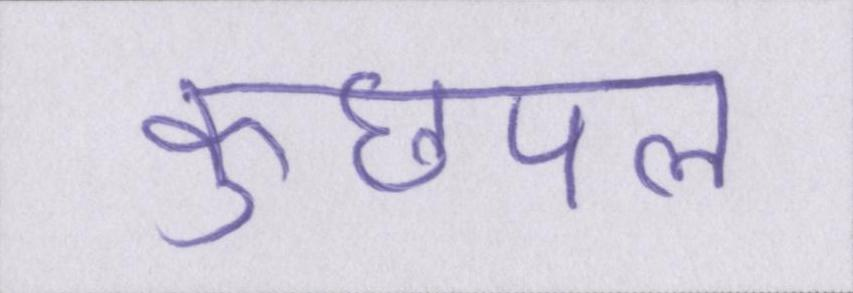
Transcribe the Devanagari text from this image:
कुछपल